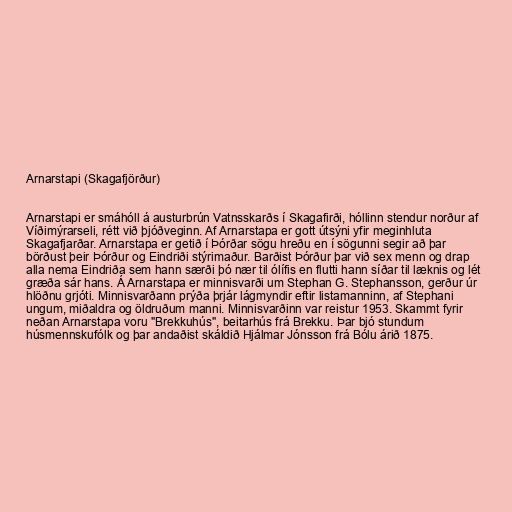
Arnarstapi (Skagafjörður)

Arnarstapi er smáhóll á austurbrún Vatnsskarðs í Skagafirði, hóllinn stendur norður af
Víðimýrarseli, rétt við þjóðveginn. Af Arnarstapa er gott útsýni yfir meginhluta
Skagafjarðar. Arnarstapa er getið í Þórðar sögu hreðu en í sögunni segir að þar
börðust þeir Þórður og Eindriði stýrimaður. Barðist Þórður þar við sex menn og drap
alla nema Eindriða sem hann særði þó nær til ólífis en flutti hann síðar til læknis og lét
græða sár hans. Á Arnarstapa er minnisvarði um Stephan G. Stephansson, gerður úr
hlöðnu grjóti. Minnisvarðann prýða þrjár lágmyndir eftir listamanninn, af Stephani
ungum, miðaldra og öldruðum manni. Minnisvarðinn var reistur 1953. Skammt fyrir
neðan Arnarstapa voru "Brekkuhús", beitarhús frá Brekku. Þar bjó stundum
húsmennskufólk og þar andaðist skáldið Hjálmar Jónsson frá Bólu árið 1875.